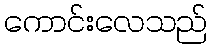
ကောင်းလေသည်